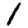
Digit: 1